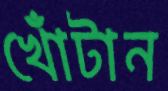
খোঁটান